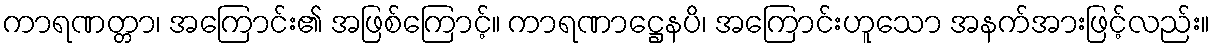
ကာရဏတ္တာ၊ အကြောင်း၏ အဖြစ်ကြောင့်။ ကာရဏာဋ္ဌေနပိ၊ အကြောင်းဟူသော အနက်အားဖြင့်လည်း။